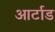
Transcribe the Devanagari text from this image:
आर्टाड